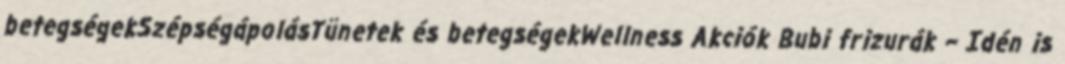
betegségekSzépségápolásTünetek és betegségekWellness Akciók Bubi frizurák – Idén is